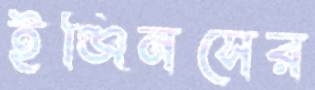
ইঞ্জিনসের